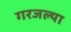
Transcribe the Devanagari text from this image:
गरजल्या